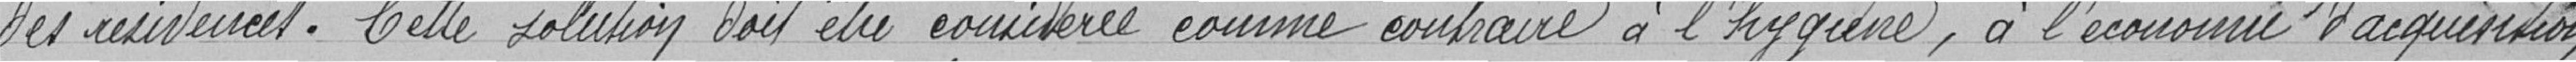
des résidences. Cette solution doit etre considérée comme contraire à l'hygiène , à l'économie d'acquisition